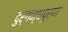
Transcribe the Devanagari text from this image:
दुर्गन्धपूर्ण